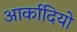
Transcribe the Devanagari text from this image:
आर्कादियो